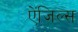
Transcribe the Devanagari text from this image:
ऐंजिल्स